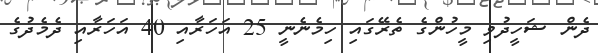
ދެން ޝަހީދުވި މީހުންގެ ތެރޭގައި ހިމެނެނީ 25 އަހަރާއި 40 އަހަރާއި ދެމެދުގެ